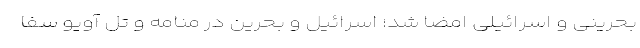
بحرینی و اسرائیلی امضا شد؛ اسرائیل و بحرین در منامه و تل آویو سفا